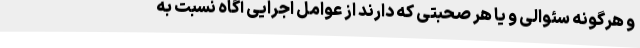
و هرگونه سئوالی و یا هر صحبتی که دارند از عوامل اجرایی آگاه نسبت به